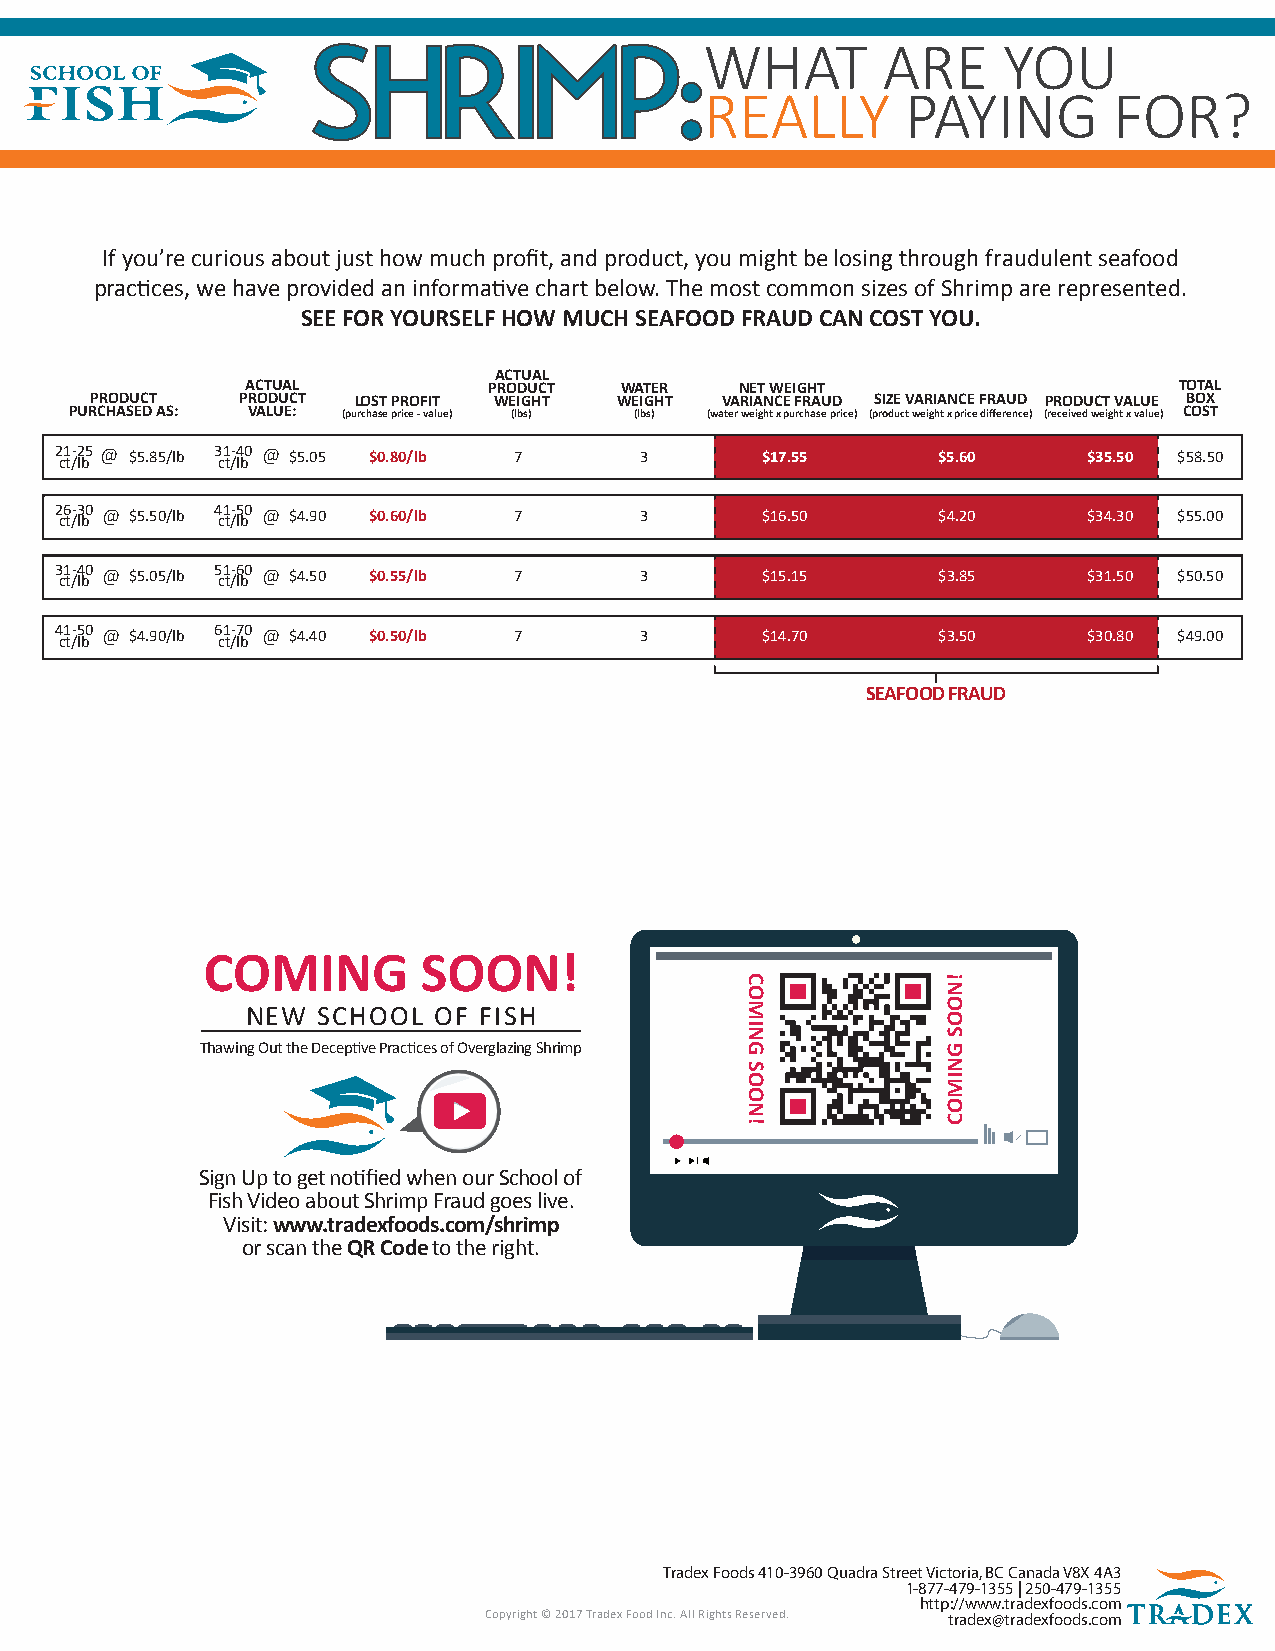
SHRIMP:WHAT                           ARE     YOU
 REALLY       PAYING        FOR?
 If you’re curious about just how much profit, and product, you might be losing through fraudulent seafood
 practices, we have provided an informative chart below. The most common sizes of Shrimp are represented.
 SEE FOR YOURSELF HOW MUCH SEAFOOD FRAUD CAN COST YOU.
 ACTUAL
 ACTUAL          PRODUCT  WATER   NET WEIGHT                   TOTAL
 PRODUCT   PRODUCT LOST PROFIT WEIGHT WEIGHT VARIANCE FRAUD SIZE VARIANCE FRAUD PRODUCT VALUE BOX
 PURCHASED AS: VALUE: (purchase price - value) (lbs) (lbs) (water weight x purchase price) (product weight x price difference) (received weight x value) COST
 2 c1 t/-2 lb5 @ $5.85/lb 3 c1 t/-4 lb0 @ $5.05 $0.80/lb 7 3 $17.55 $5.60 $35.50 $58.50
 2 c6 t/-3 lb0 @ $5.50/lb 4 c1 t/-5 lb0 @ $4.90 $0.60/lb 7 3 $16.50 $4.20 $34.30 $55.00
 3 c1 t/-4 lb0 @ $5.05/lb 5 c1 t/-6 lb0 @ $4.50 $0.55/lb 7 3 $15.15 $3.85 $31.50 $50.50
 4 c1 t/-5 lb0 @ $4.90/lb 6 c1 t/-7 lb0 @ $4.40 $0.50/lb 7 3 $14.70 $3.50 $30.80 $49.00
 SEAFOOD FRAUD
 COMING         SOON!
 NEW  SCHOOL  OF FISH
 Thawing Out the Deceptive Practices of Overglazing Shrimp
 Sign Up to get notified when our School of
 Fish Video about Shrimp Fraud goes live.
 Visit: www.tradexfoods.com/shrimp
 or scan the QR Code to the right.
 Tradex Foods 410-3960 Quadra Street Victoria, BC Canada V8X 4A3
 1-877-479-1355 | 250-479-1355
 http://www.tradexfoods.com
 Copyright © 2017 Tradex Food Inc. All Rights Reserved. tradex@tradexfoods.com
 COMING
 SOON!
 !NOOS
 GNIMOC